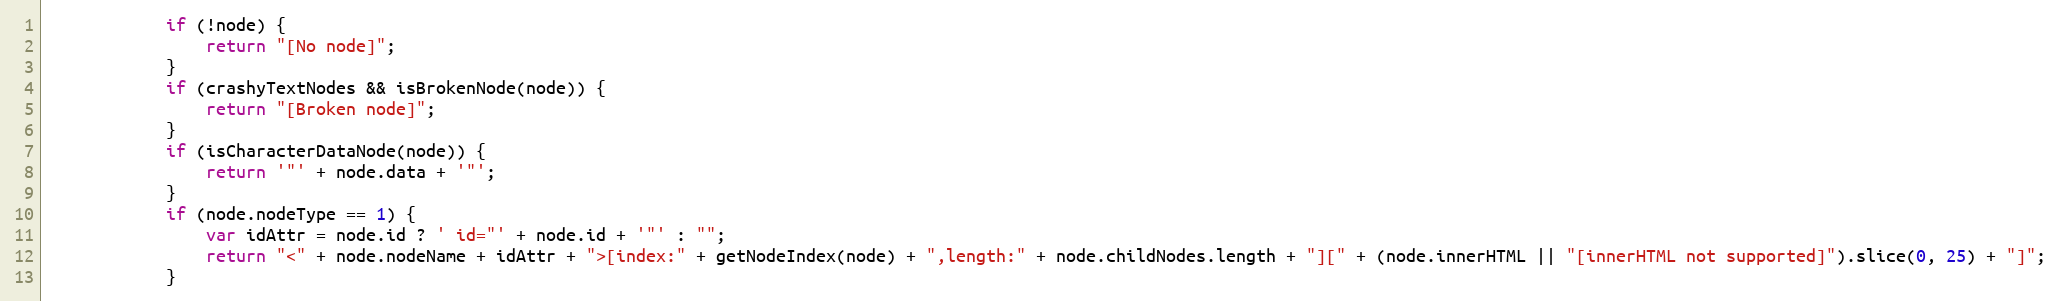
Language: JavaScript
            if (!node) {
                return "[No node]";
            }
            if (crashyTextNodes && isBrokenNode(node)) {
                return "[Broken node]";
            }
            if (isCharacterDataNode(node)) {
                return '"' + node.data + '"';
            }
            if (node.nodeType == 1) {
                var idAttr = node.id ? ' id="' + node.id + '"' : "";
                return "<" + node.nodeName + idAttr + ">[index:" + getNodeIndex(node) + ",length:" + node.childNodes.length + "][" + (node.innerHTML || "[innerHTML not supported]").slice(0, 25) + "]";
            }